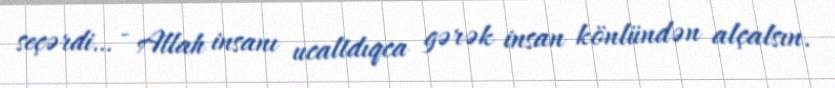
seçərdi… - Allah insanı ucaltdıqca gərək insan könlündən alçalsın.